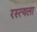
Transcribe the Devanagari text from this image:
रस्त्यला